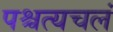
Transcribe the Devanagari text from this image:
पश्चत्यचलं